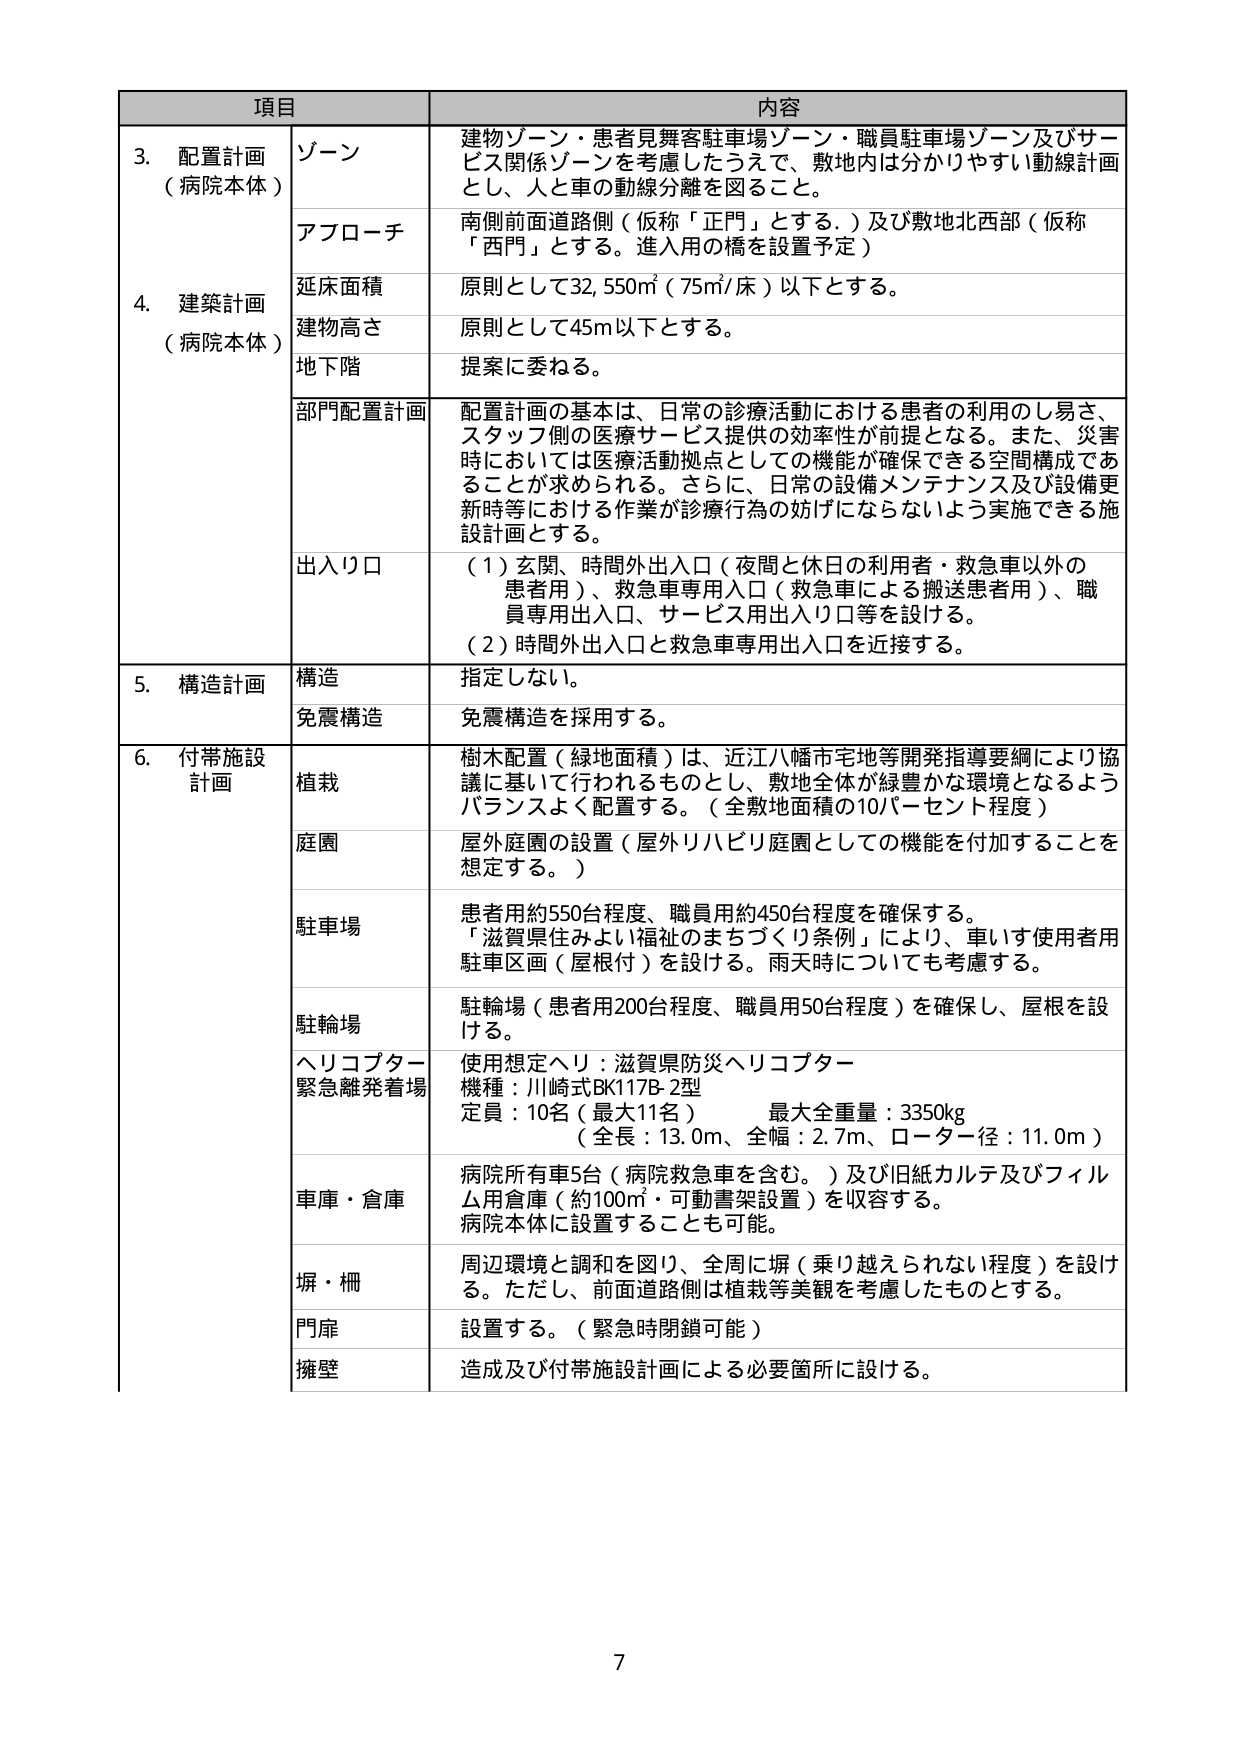
項目 内容
3. 配置計画 （病院本体） ゾーン 建物ゾーン・患者見舞客駐車場ゾーン・職員駐車場ゾーン及びサービス関係ゾーンを考慮したうえで、敷地内は分かりやすい動線計画とし、人と車の動線分離を図ること。
アプローチ 南側前面道路側（仮称「正門」とする。）及び敷地北西部（仮称「西門」とする。進入用の橋を設置予定）
4. 建築計画 （病院本体） 延床面積 原則として32,550㎡（75㎡/床）以下とする。
建物高さ 原則として45m以下とする。
地下階 提案に委ねる。
部門配置計画 配置計画の基本は、日常の診療活動における患者の利用のし易さ、スタッフ側の医療サービス提供の効率性が前提となる。また、災害時においては医療活動拠点としての機能が確保できる空間構成であることが求められる。さらに、日常の設備メンテナンス及び設備更新時等における作業が診療行為の妨げにならないよう実施できる施設計画とする。
出入り口 （1）玄関、時間外出入口（夜間と休日の利用者・救急車以外の患者用）、救急車専用入口（救急車による搬送患者用）、職員専用出入口、サービス用出入口等を設ける。
（2）時間外出入口と救急車専用出入口を近接する。
5. 構造計画 構造 指定しない。
免震構造 免震構造を採用する。
6. 付帯施設計画 植栽 樹木配置（緑地面積）は、近江八幡市宅地等開発指導要綱により協議に基づいて行われるものとし、敷地全体が緑豊かな環境となるようバランスよく配置する。（全敷地面積の10パーセント程度）
庭園 屋外庭園の設置（屋外リハビリ庭園としての機能を付加することを想定する。）
駐車場 患者用約550台程度、職員用約450台程度を確保する。
「滋賀県住みよい福祉のまちづくり条例」により、車いす使用者用駐車区画（屋根付）を設ける。雨天時についても考慮する。
駐輪場 駐輪場（患者用200台程度、職員用50台程度）を確保し、屋根を設ける。
ヘリコプター緊急離発着場 使用想定ヘリ：滋賀県防災ヘリコプター
機種：川崎式BK117B-2型
定員：10名（最大11名） 最大全重量：3350kg
（全長：13.0m、全幅：2.7m、ローター径：11.0m）
車庫・倉庫 病院所有車5台（病院救急車を含む。）及び旧紙カルテ及びフィルム用倉庫（約100㎡・可動書架設置）を収容する。
病院本体に設置することも可能。
塀・柵 周辺環境と調和を図り、全周に塀（乗り越えられない程度）を設ける。ただし、前面道路側は植栽等美観を考慮したものとする。
門扉 設置する。（緊急時閉鎖可能）
擁壁 造成及び付帯施設計画による必要箇所に設ける。
7